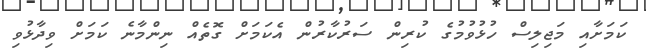
ކަމަށާއި މަޖިލިސް ހުޅުވުމުގެ ކުރިން ސަރުކާރުން އެކަމަށް ގޮތެއް ނިންމާނެ ކަމަށް ވިދާޅުވި